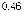
0.46